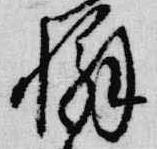
懈